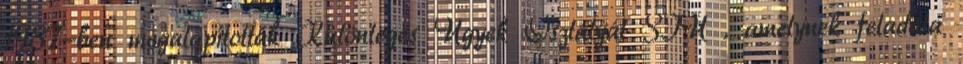
1987-ben megalapították Különleges Ügyek Osztályát SIU , amelynek feladata